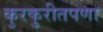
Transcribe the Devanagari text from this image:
कुरकुरीतपणा